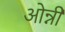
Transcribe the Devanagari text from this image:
ओन्नी